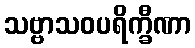
သဗ္ဗာသဝပရိက္ခီဏာ